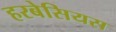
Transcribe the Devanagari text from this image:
हरबेसियस